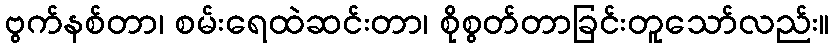
ဗွက်နစ်တာ၊ စမ်းရေထဲဆင်းတာ၊ စိုစွတ်တာခြင်းတူသော်လည်း။